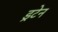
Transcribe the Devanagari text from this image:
ड्रटेन